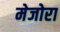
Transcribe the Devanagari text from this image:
मेजोरा